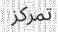
تمركز